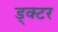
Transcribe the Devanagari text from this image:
ड्क्टर